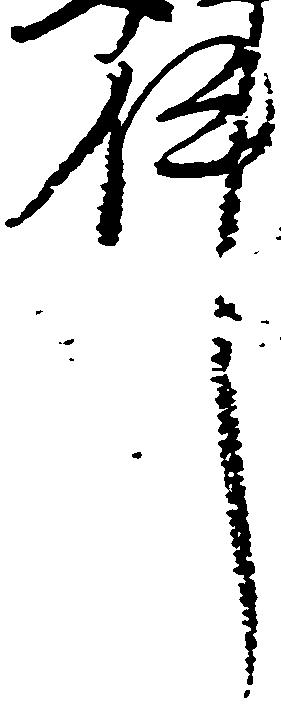
件